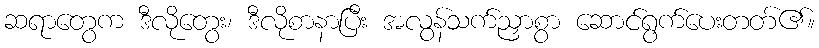
ဆရာတွေက ဒီလိုတွေး၊ ဒီလိုစာနာပြီး အလွန်သက်ညှာစွာ ဆောင်ရွက်ပေးတတ်၏။